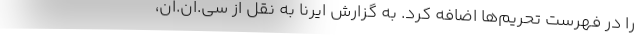
را در فهرست تحریم‌ها اضافه کرد. به گزارش ایرنا به نقل از سی.ان.ان،